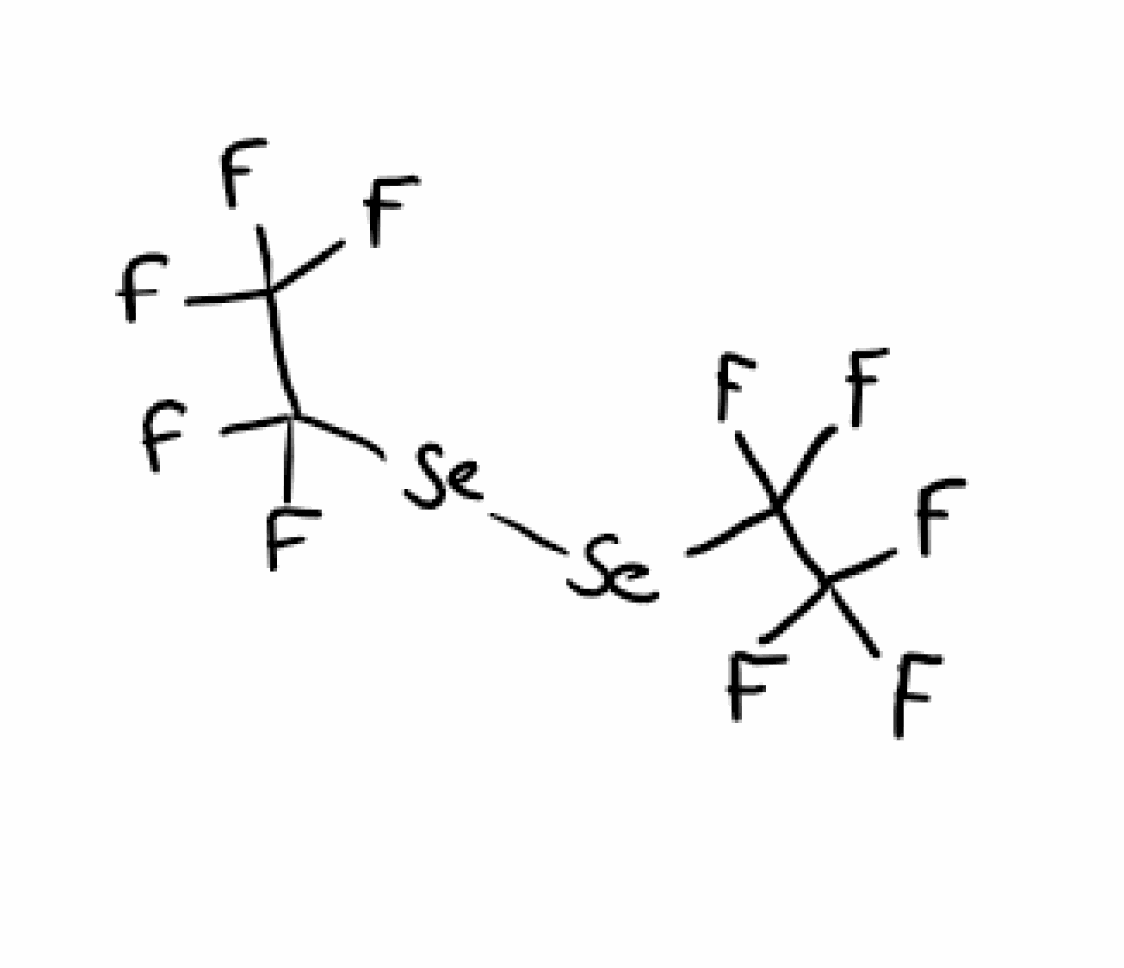
Simplified molecular-input line-entry system (SMILES) notation of the given molecule:
C(C(F)(F)[Se][Se]C(C(F)(F)F)(F)F)(F)(F)F